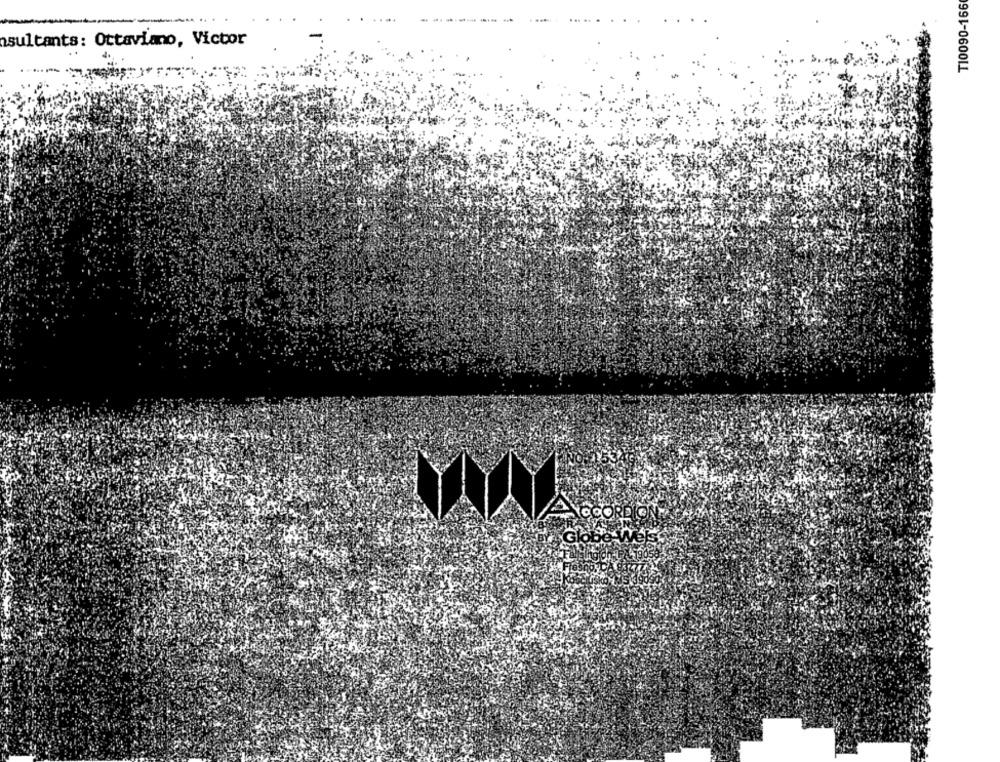
T10090-166
sultants: Ottaviano, Victor
NOCORDIO